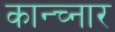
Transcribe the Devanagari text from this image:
कान्च्नार